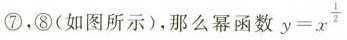
⑦，⑧(如图所示)，那么幂函数 $$y = x ^ { \frac { 1 } { 2 } }$$